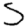
Digit: 5